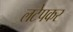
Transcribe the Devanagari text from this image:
लटेपकर